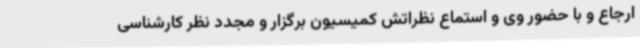
ارجاع و با حضور وی و استماع نظراتش کمیسیون برگزار و مجدد نظر کارشناسی